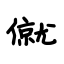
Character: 僦